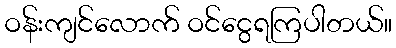
ဝန်းကျင်လောက် ဝင်ငွေရကြပါတယ်။